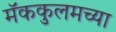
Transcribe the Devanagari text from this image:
मॅककुलमच्या